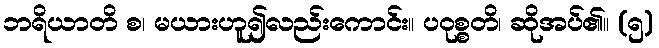
ဘရိယာတိ စ၊ မယားဟူ၍လည်းကောင်း။ ပဝုစ္စတိ၊ ဆိုအပ်၏။ (၅)